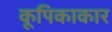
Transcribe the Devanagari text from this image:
कूपिकाकार